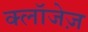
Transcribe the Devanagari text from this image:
क्लॉजेज़